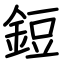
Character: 鋀